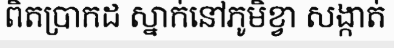
ពិតប្រាកដ ស្នាក់នៅភូមិខ្វា សង្កាត់